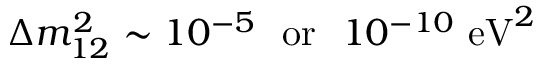
\Delta m _ { 1 2 } ^ { 2 } \sim 1 0 ^ { - 5 } ~ ~ \mathrm { o r } ~ ~ 1 0 ^ { - 1 0 } ~ \mathrm { e V } ^ { 2 }